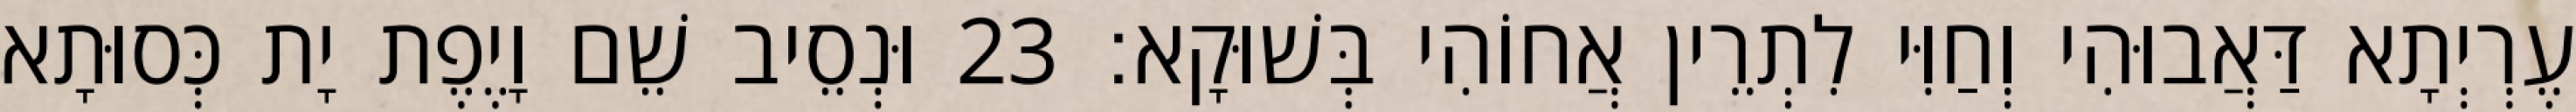
עֶרְיְתָא דַּאֲבוּהִי וְחַוִּי לִתְרֵין אֲחוֹהִי בְּשׁוּקָא׃ 23 וּנְסֵיב שֵׁם וָיֶפֶת יָת כְּסוּתָא